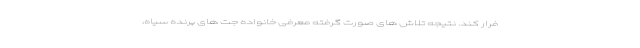
فرار کند. نتیجه تلاش های صورت گرفته معرفی خانواده جت های پرنده سیاه،